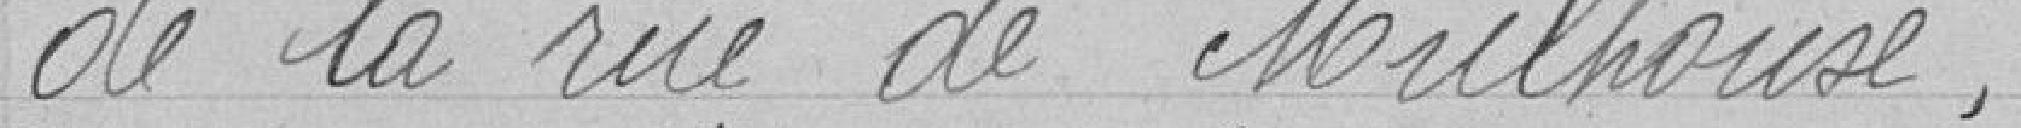
de la rue de Mulhouse